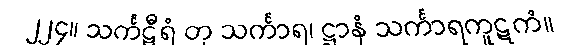
၂၂၄။ သင်္ကဋီရံ တု သင်္ကာရ၊ ဋ္ဌာနံ သင်္ကာရကူဋကံ။